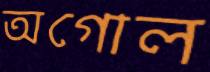
অগোল